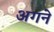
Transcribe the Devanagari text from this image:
अगने